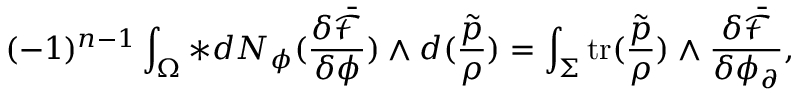
( - 1 ) ^ { n - 1 } \int _ { \Omega } \ast d N _ { \phi } ( \frac { \delta \bar { \mathcal { F } } } { \delta \phi } ) \wedge d ( \frac { \tilde { p } } { \rho } ) = \int _ { \Sigma } \mathrm { t r } ( \frac { \tilde { p } } { \rho } ) \wedge \frac { \delta \bar { \mathcal { F } } } { \delta \phi _ { \partial } } ,